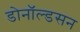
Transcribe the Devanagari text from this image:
डोनॉल्डसन